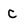
Character: C